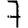
Digit: 7